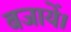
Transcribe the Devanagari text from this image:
बजायें।